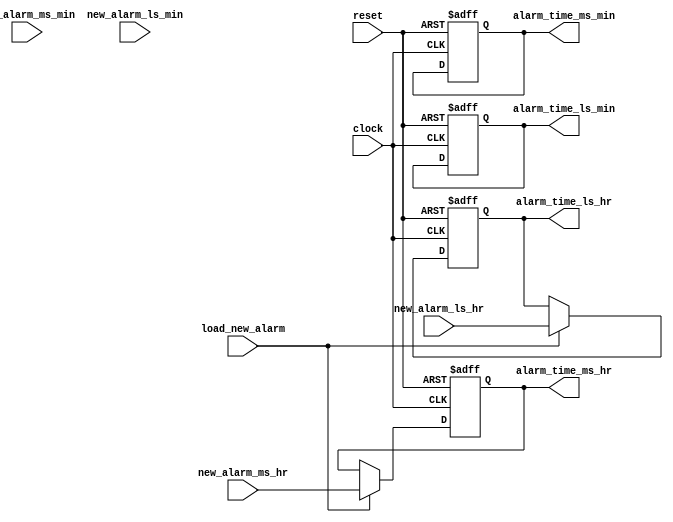
module alarm_reg (new_alarm_ms_hr,
              new_alarm_ls_hr,
              new_alarm_ms_min,
              new_alarm_ls_min,
              load_new_alarm,
              clock,
              reset,
              alarm_time_ms_hr,
              alarm_time_ls_hr,
              alarm_time_ms_min,
              alarm_time_ls_min );
				  
input load_new_alarm,clock,reset;

input [3:0]new_alarm_ms_hr,
              new_alarm_ls_hr,
              new_alarm_ms_min,
              new_alarm_ls_min;
				  
output reg [3:0]alarm_time_ms_hr,
              alarm_time_ls_hr,
              alarm_time_ms_min,
              alarm_time_ls_min ;  
				  
				  
always @(posedge clock or posedge  reset)
begin 
if(reset)
begin 
alarm_time_ms_hr<=0;
              alarm_time_ls_hr<=0;
              alarm_time_ms_min<=0;
              alarm_time_ls_min <=0;
				  end
else if( load_new_alarm==1)
begin
alarm_time_ms_hr<=new_alarm_ms_hr;
              alarm_time_ls_hr<=new_alarm_ls_hr;
              alarm_time_ms_min<=alarm_time_ms_min;
              alarm_time_ls_min <=alarm_time_ls_min;
				  end
				  end
				  endmodule